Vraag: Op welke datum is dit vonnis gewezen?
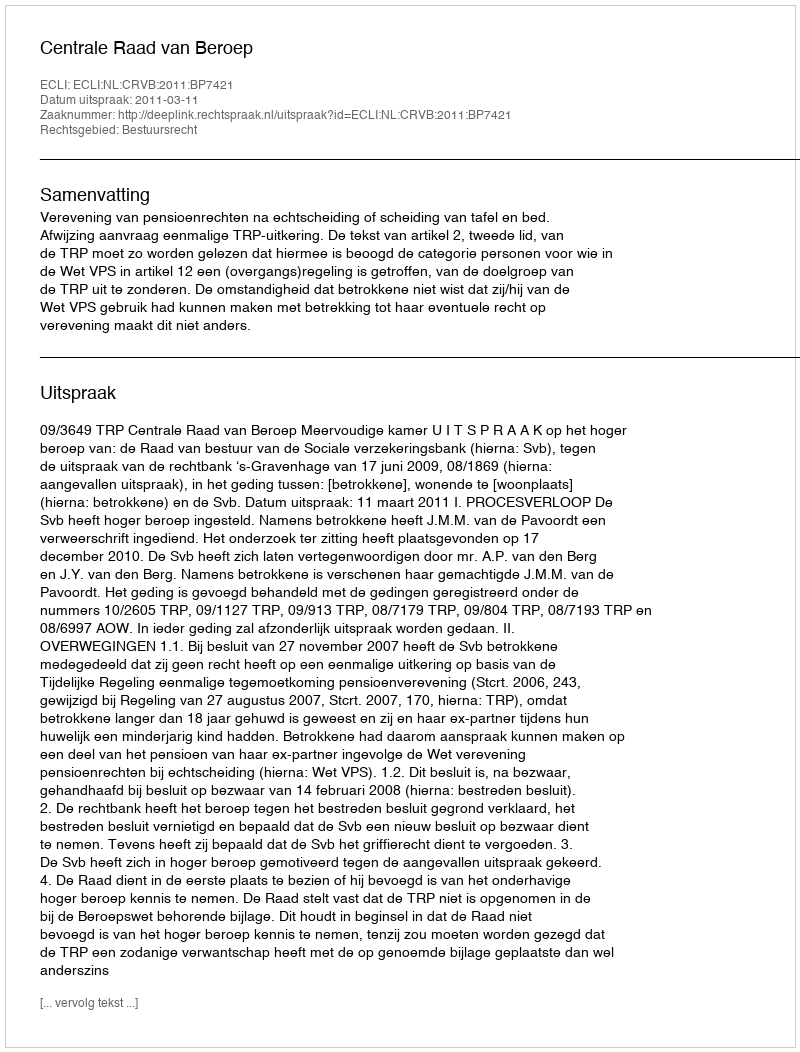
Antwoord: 2011-03-11